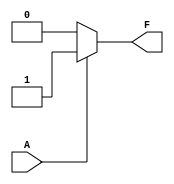
module single_variable_kmap (
    input wire A,  // Input variable
    output wire F  // Output variable
);

// Define the K-map values for F based on the input A
// You can modify these values to represent the K-map filling
parameter F0 = 0; // Output when A = 0
parameter F1 = 1; // Output when A = 1

// Combinational logic to determine output F
assign F = (A == 1'b0) ? F0 : F1;

endmodule